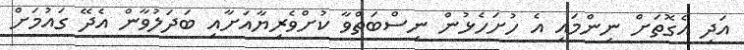
އަދި އެގޮތަށް ނިންމައި އެ ހުށަހެޅުން ނިސްބަތްވާ ކުށްވެރިޔާއަށާއި ބަދަލުވާން އެދޭ ގައުމަށް